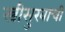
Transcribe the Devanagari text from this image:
स्त्रीसुखाची